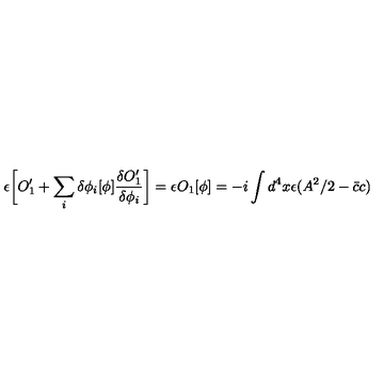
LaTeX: \epsilon \biggl [ O _ { 1 } ^ { \prime } + \sum _ { i } \delta \phi _ { i } [ \phi ] { \frac { \delta O _ { 1 } ^ { \prime } } { \delta \phi _ { i } } } \biggr ] = \epsilon O _ { 1 } [ \phi ] = - i \int d ^ { 4 } x \epsilon ( A ^ { 2 } / 2 - { \bar { c } } c )